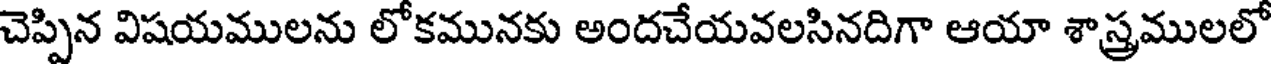
చెప్పిన విషయములను లోకమునకు అందచేయవలసినదిగా ఆయా శాస్త్రములలో